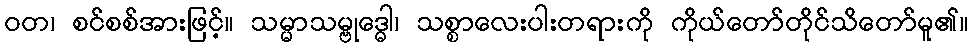
ဝတ၊ စင်စစ်အားဖြင့်။ သမ္မာသမ္ဗုဒ္ဓေါ၊ သစ္စာလေးပါးတရားကို ကိုယ်တော်တိုင်သိတော်မူ၏။